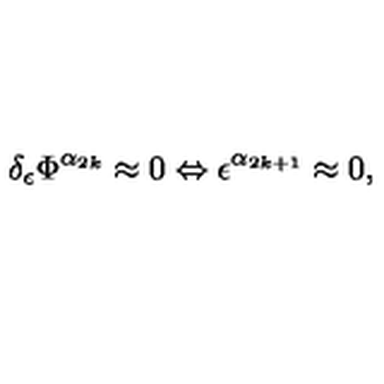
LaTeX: \delta _ { \epsilon } \Phi ^ { \alpha _ { 2 k } } \approx 0 \Leftrightarrow \epsilon ^ { \alpha _ { 2 k + 1 } } \approx 0 ,